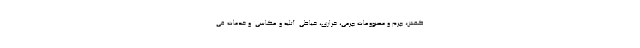
کفش، چرم و مصنووعات چرمی، خرازی، خیاطی. آتلیه و عکاسی. و خدمات فی